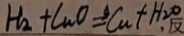
H _ { 2 } + C u O \Delta q C a + H _ { 2 } O